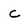
Character: C